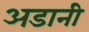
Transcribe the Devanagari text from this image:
अडानी